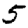
Digit: 5